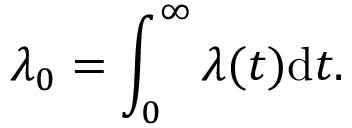
\lambda _ { 0 } = \int _ { 0 } ^ { \infty } \lambda ( t ) \mathrm { d } t .